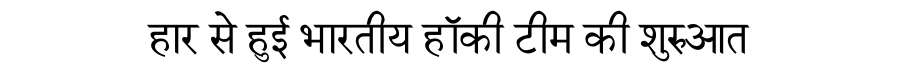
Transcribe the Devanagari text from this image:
हार से हुई भारतीय हॉकी टीम की शुरुआत